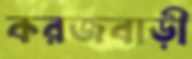
করজবাড়ী